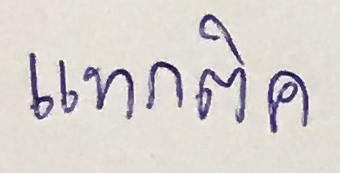
แทกติค